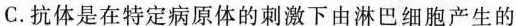
C.抗体是在特定病原体的刺激下由淋巴细胞产生的